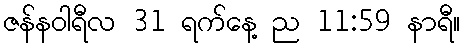
ဇန်နဝါရီလ 31 ရက်နေ့ ည 11:59 နာရီ။